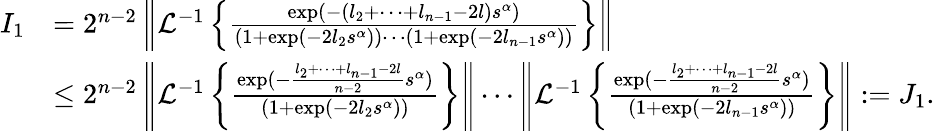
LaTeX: \begin{array}{rl}{I_{1}}&{=2^{n-2}\left\| \mathcal{L}^{-1}\left\{ \frac{\exp(-(l_{2}+\cdots+l_{n-1}-2l)s^{\alpha})}{(1+\exp(-2l_{2}s^{\alpha}))\cdots(1+\exp(-2l_{n-1}s^{\alpha}))}\right\} \right\| }\\ &{\leq 2^{n-2}\left\| \mathcal{L}^{-1}\left\{ \frac{\exp(-\frac{l_{2}+\cdots+l_{n-1}-2l}{n-2}s^{\alpha})}{(1+\exp(-2l_{2}s^{\alpha}))}\right\} \right\| \cdots\left\| \mathcal{L}^{-1}\left\{ \frac{\exp(-\frac{l_{2}+\cdots+l_{n-1}-2l}{n-2}s^{\alpha})}{(1+\exp(-2l_{n-1}s^{\alpha}))}\right\} \right\| :=J_{1}.}\end{array}